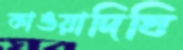
কাওয়াদিঘি